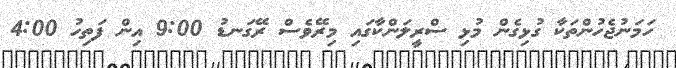
ހަމަނުޖެހުންތަކާ ގުޅިގެން މުޅި ސްރީލަންކާގައި މިރޭވެސް ރޭގަނޑު 9:00 އިން ފަތިހު 4:00